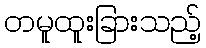
တမူထူးခြားသည့်